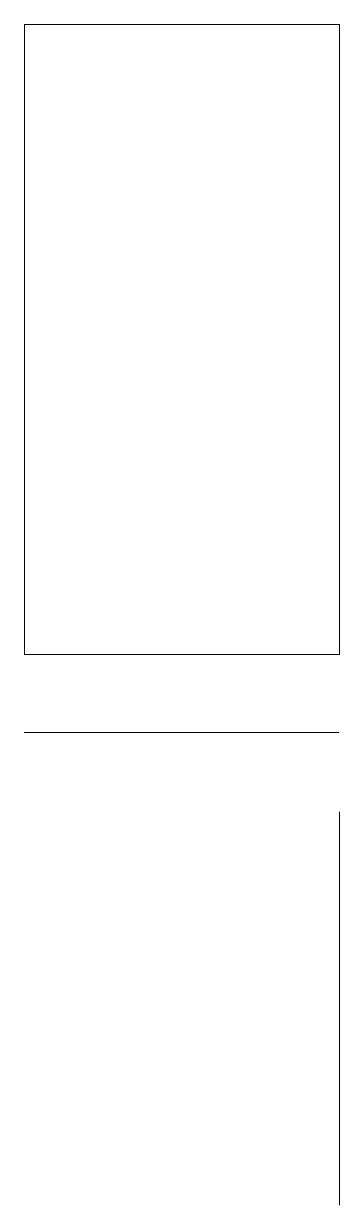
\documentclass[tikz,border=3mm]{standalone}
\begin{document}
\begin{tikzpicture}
\draw (4,10) rectangle (0,10);
\draw (4,11) rectangle (0,19);
\draw (4,7) -- (4,9) -- (4,4) -- cycle;
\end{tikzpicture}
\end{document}